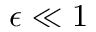
\epsilon \ll 1